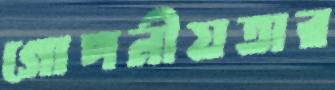
গোপনীয়তার